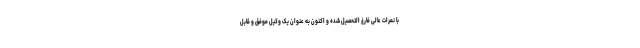
با نمرات عالی فارغ التحصیل شده و اکنون به عنوان یک وکیل موفق و قابل